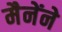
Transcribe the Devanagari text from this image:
मैनेंने